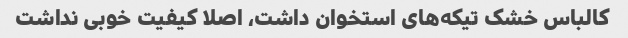
کالباس خشک تیکه‌های استخوان داشت، اصلا کیفیت خوبی نداشت